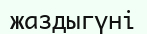
жаздыгүні